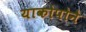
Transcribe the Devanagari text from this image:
याकोपोने